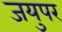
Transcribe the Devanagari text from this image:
जयुपर